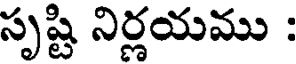
సృష్టి నిర్ణయము :